Annual report on the Civil Veterinary Department, Burma (including the Insein Veterinary School) - 1910-1922
Year: 1910
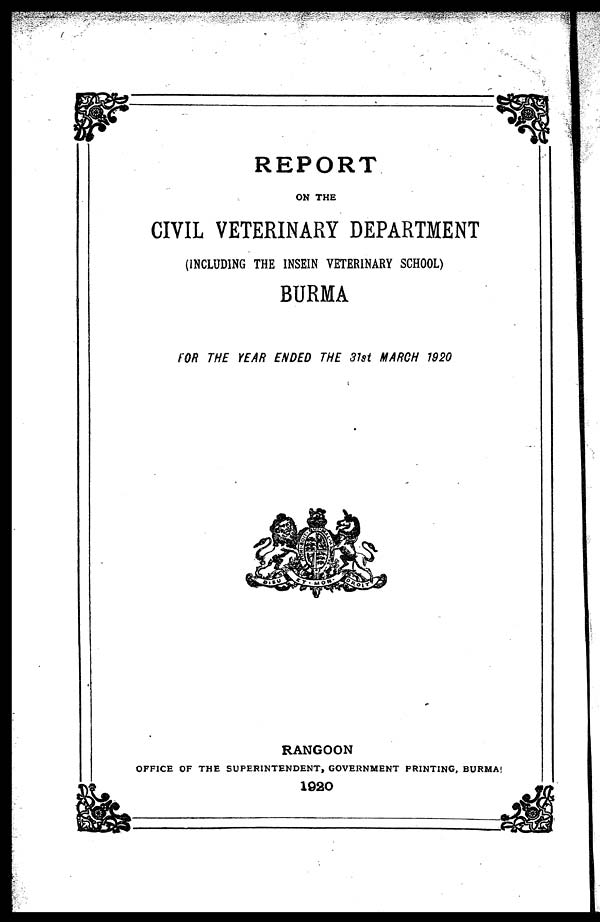
REPORT
ON THE
CIVIL VETERINARY DEPARTMENT
(INCLUDING THE 1NSEIN VETERINARY SCHOOL)
BURMA
FOR THE YEAR ENDED THE 31st MARCH 1920
RANGOON
OFFICE OF THE SUPERINTENDENT, GOVERNMENT PRINTING, BURMA!
1020